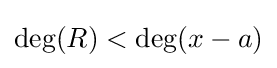
\deg(R)<\deg(x-a)